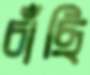
চাঁছি